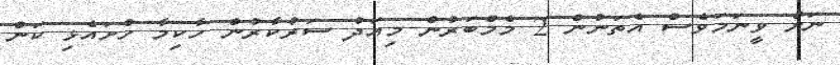
ނަށް ވީނަމަވެސް އެތަނުން 2 މެމްބަރުން މިއަދު ސަރުކާރުން ހާކިމާ ހުށައެޅި ކަން